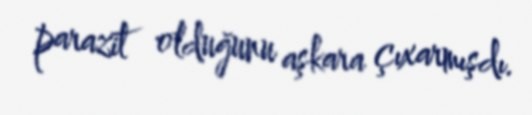
parazit olduğunu aşkara çıxarmışdı.